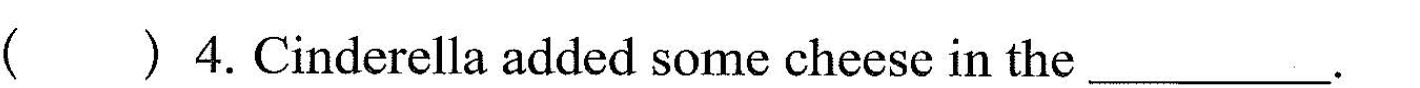
( )4.Cinderella addad sarme chese n the ___